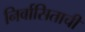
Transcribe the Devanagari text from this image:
निर्वासिताची